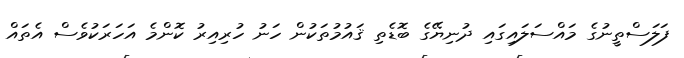
ފަލަސްތީނުގެ މައްސަލައިގައި ދުނިޔޭގެ ބޮޑެތި ޤައުމުތަކުން ހަނު ހުރިއިރު ކޮންމެ އަހަރަކުވެސް އެތައް